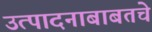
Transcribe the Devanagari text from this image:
उत्पादनाबाबतचे